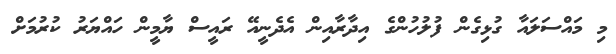
މި މައްސަލައާ ގުޅިގެން ފުލުހުންގެ އިދާރާއިން އެދެނީއޭ ރައީސް ޔާމީން ހައްޔަރު ކުރުމަށް